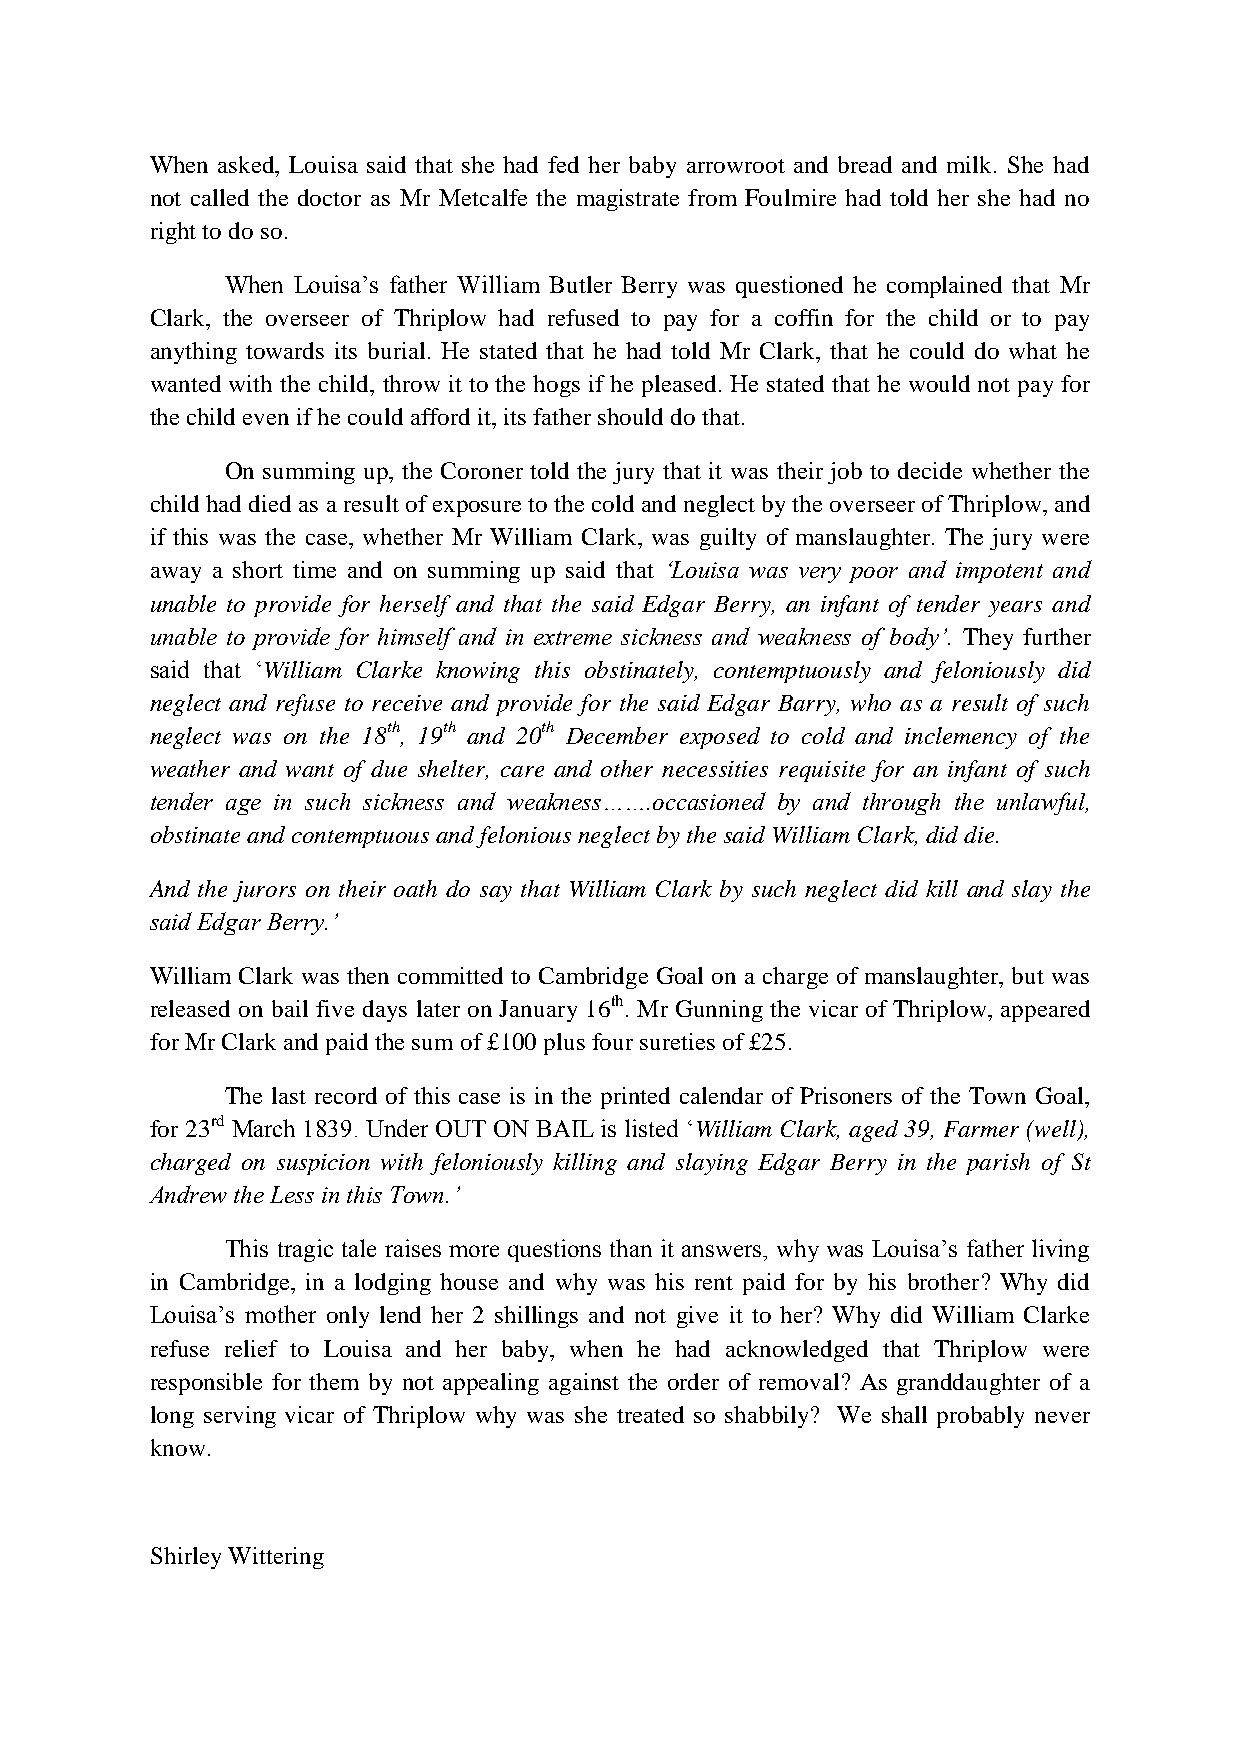
When asked, Louisa said that she had fed her baby arrowroot and bread and milk. She had
 not called the doctor as Mr Metcalfe the magistrate from Foulmire had told her she had no
 right to do so.
 When Louisa’s father William Butler Berry was questioned he complained that Mr
 Clark, the overseer of Thriplow had refused to pay for a coffin for the child or to pay
 anything towards its burial. He stated that he had told Mr Clark, that he could do what he
 wanted with the child, throw it to the hogs if he pleased. He stated that he would not pay for
 the child even if he could afford it, its father should do that.
 On summing up, the Coroner told the jury that it was their job to decide whether the
 child had died as a result of exposure to the cold and neglect by the overseer of Thriplow, and
 if this was the case, whether Mr William Clark, was guilty of manslaughter. The jury were
 away a short time and on summing up said that ‘Louisa was very poor and impotent and
 unable to provide for herself and that the said Edgar Berry, an infant of tender years and
 unable to provide for himself and in extreme sickness and weakness of body’. They further
 said that ‘William Clarke knowing this obstinately, contemptuously and feloniously did
 neglect and refuse to receive and provide for the said Edgar Barry, who as a result of such
 neglect was on the 18th, 19th and 20th December exposed to cold and inclemency of the
 weather and want of due shelter, care and other necessities requisite for an infant of such
 tender age in such sickness and weakness…….occasioned by and through the unlawful,
 obstinate and contemptuous and felonious neglect by the said William Clark, did die.
 And the jurors on their oath do say that William Clark by such neglect did kill and slay the
 said Edgar Berry.’
 William Clark was then committed to Cambridge Goal on a charge of manslaughter, but was
 released on bail five days later on January 16th. Mr Gunning the vicar of Thriplow, appeared
 for Mr Clark and paid the sum of £100 plus four sureties of £25.
 The last record of this case is in the printed calendar of Prisoners of the Town Goal,
 for 23rd March 1839. Under OUT ON BAIL is listed ‘William Clark, aged 39, Farmer (well),
 charged on suspicion with feloniously killing and slaying Edgar Berry in the parish of St
 Andrew the Less in this Town.’
 This tragic tale raises more questions than it answers, why was Louisa’s father living
 in Cambridge, in a lodging house and why was his rent paid for by his brother? Why did
 Louisa’s mother only lend her 2 shillings and not give it to her? Why did William Clarke
 refuse relief to Louisa and her baby, when he had acknowledged that Thriplow were
 responsible for them by not appealing against the order of removal? As granddaughter of a
 long serving vicar of Thriplow why was she treated so shabbily? We shall probably never
 know.
 Shirley Wittering